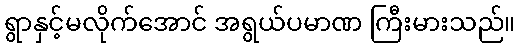
ရွာနှင့်မလိုက်အောင် အရွယ်ပမာဏ ကြီးမားသည်။